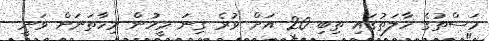
މަސްތުގެ ހާލަތުގައި ތިބި 20 އަށް ވުރެ ގިނަ މީހުން މިހާތަނަށް ވަނީ